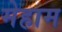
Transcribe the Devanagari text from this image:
मेहाम